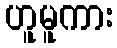
ဟူမူကား